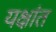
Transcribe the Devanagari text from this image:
यक्षांत